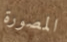
المصورة